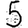
Digit: 5